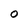
Character: 0